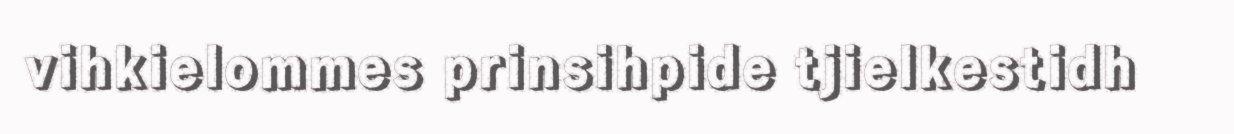
vihkielommes prinsihpide tjielkestidh